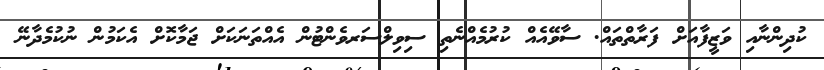
ކުދިންނާއި ވަޒީފާއަށް ފަރާތްތައް. ސާވޭއެއް ކުރުމެއްނެތި ސިވިލްސަރވެންޓުން އެއްތަނަކަށް ޖަމާކޮށް އެކަމުން ނުކުމެދާނޭ